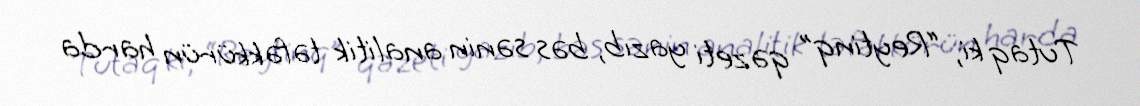
Tutaq ki, “Reytinq” qəzeti yazıb, bəs sənin analitik təfəkkürün harda